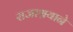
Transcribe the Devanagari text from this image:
राजाश्रयाने